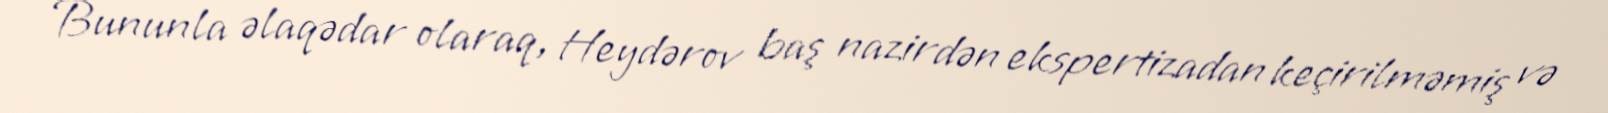
Bununla əlaqədar olaraq, Heydərov baş nazirdən ekspertizadan keçirilməmiş və